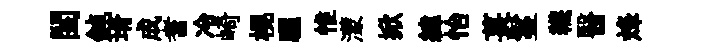
閨鈍壻成耆冷崎榥驪惟濛掀緯怡萇鬘韈醫烽